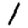
Digit: 1